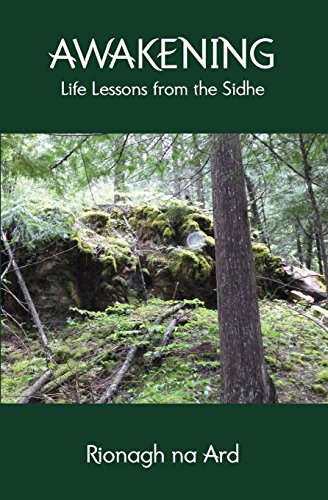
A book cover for Awakening: Life Lessons from the Sidhe; Rionagh Na Ard; Religion & Spirituality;